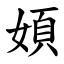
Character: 㛲